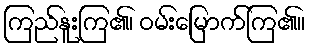
ကြည်နူးကြ၏၊ ဝမ်းမြောက်ကြ၏။